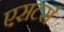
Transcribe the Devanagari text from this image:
एसटर्स